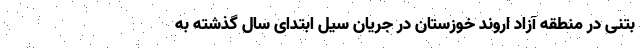
بتنی در منطقه آزاد اروند خوزستان در جریان سیل ابتدای سال گذشته به